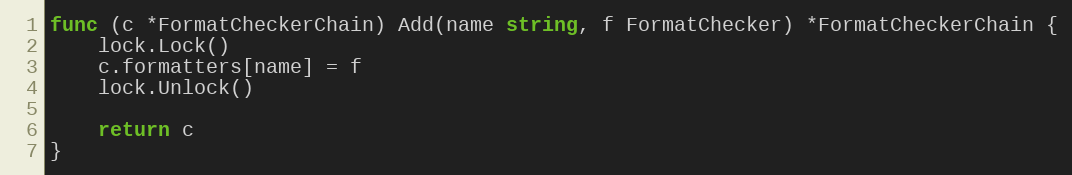
Language: Go
func (c *FormatCheckerChain) Add(name string, f FormatChecker) *FormatCheckerChain {
	lock.Lock()
	c.formatters[name] = f
	lock.Unlock()

	return c
}